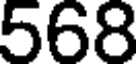
568